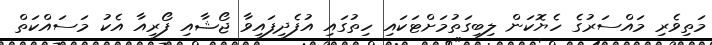
މަތިވެރި މައްސަރުގެ ހެޔޮކަން ލިބިގަތުމަށްޓަކައި ހިތުގައި އުފެދިފައިވާ ޖޯޝާއި ފޯރިއާ އެކު މަސައްކަތް